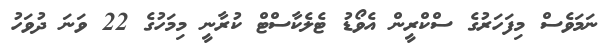
ނަމަވެސް މިފަހަރުގެ ސްކްރީން އެވޯޑު ޓެލެކާސްޓް ކުރާނީ މިމަހުގެ 22 ވަނަ ދުވަހު